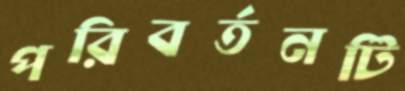
পরিবর্তনটি